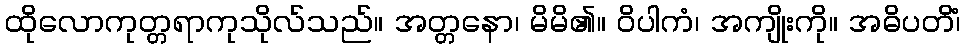
ထိုလောကုတ္တရာကုသိုလ်သည်။ အတ္တနော၊ မိမိ၏။ ဝိပါကံ၊ အကျိုးကို။ အဓိပတိံ၊